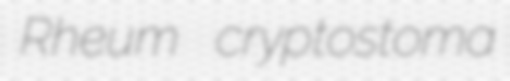
Rheum cryptostoma